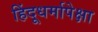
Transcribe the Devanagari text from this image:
हिंदूधर्मापेक्षा